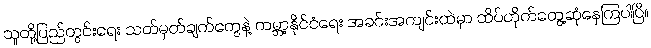
သူတို့ပြည်တွင်းရေး သတ်မှတ်ချက်တွေနဲ့ ကမ္ဘာ့နိုင်ငံရေး အခင်းအကျင်းထဲမှာ ထိပ်တိုက်တွေ့ဆုံနေကြပါပြီ။